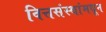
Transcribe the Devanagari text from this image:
वित्तसंस्थांमधून